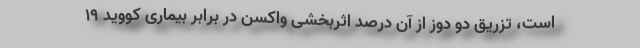
است، تزریق دو دوز از آن درصد اثربخشی واکسن در برابر بیماری کووید ۱۹